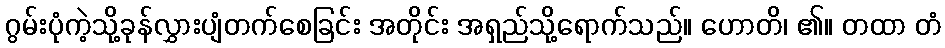
ဂွမ်းပုံကဲ့သို့ခုန်လွှားပျံတက်စေခြင်း အတိုင်း အရှည်သို့ရောက်သည်။ ဟောတိ၊ ၏။ တထာ တံ